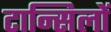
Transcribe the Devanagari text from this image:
टान्सिलों